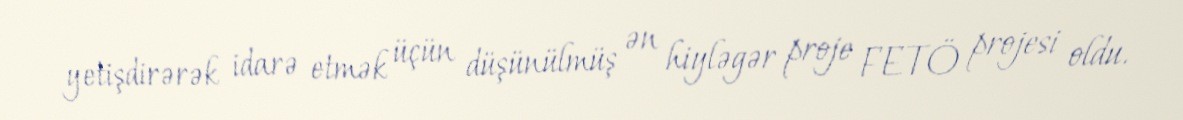
yetişdirərək idarə etmək üçün düşünülmüş ən hiyləgər proje FETÖ projesi oldu.